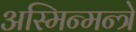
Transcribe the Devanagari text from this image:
अस्मिन्मन्त्रे